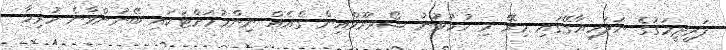
ފަރީދީމަގުގެ ނަލަހިޔާގޭގައި މިރޭ މި ހުޅުވުނު ޝޯވރޫމްއިން ގެއެއް ނިންމުމަށްޓަކައި ބޭނުންވާނެ ހުރިހާ